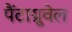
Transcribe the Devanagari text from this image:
पैंटाग्रूवेल